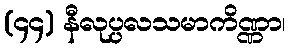
(၄၄) နီလုပ္ပလသမာကိဏ္ဏာ၊